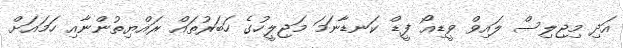
އަދި މިޖިލިސް ލައިވް ވީޑިއޯ ފީޑް ކަނޑާނަމަ މަޖިލީހުގެ ހަބަރުތައް ރައްޔިތުންނާއި ހަމައަށް